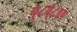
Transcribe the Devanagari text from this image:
य्८य्८इय